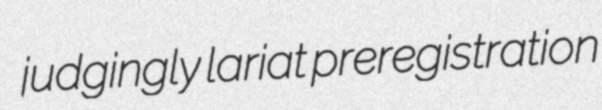
judgingly lariat preregistration